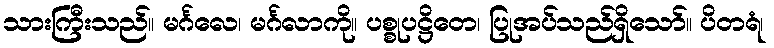
သားကြီးသည်။ မင်္ဂလေ၊ မင်္ဂလာကို။ ပစ္စုပဋ္ဌိတေ၊ ပြုအပ်သည်ရှိသော်။ ပိတရံ၊